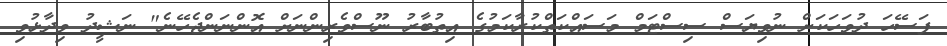
ފަސޭހަ ދުވަހަކަށް ނުވިޔަސް ސިސްޓަމް މަސައްކަތްކުރާކަމުގެ އިތުބާރު ނޫސްވެރިންނަށް އޮންނަންޖެހޭނެ" ނަޝީދު ވިދާޅުވި